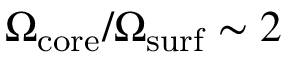
\Omega _ { \mathrm { c o r e } } / \Omega _ { \mathrm { s u r f } } \sim 2